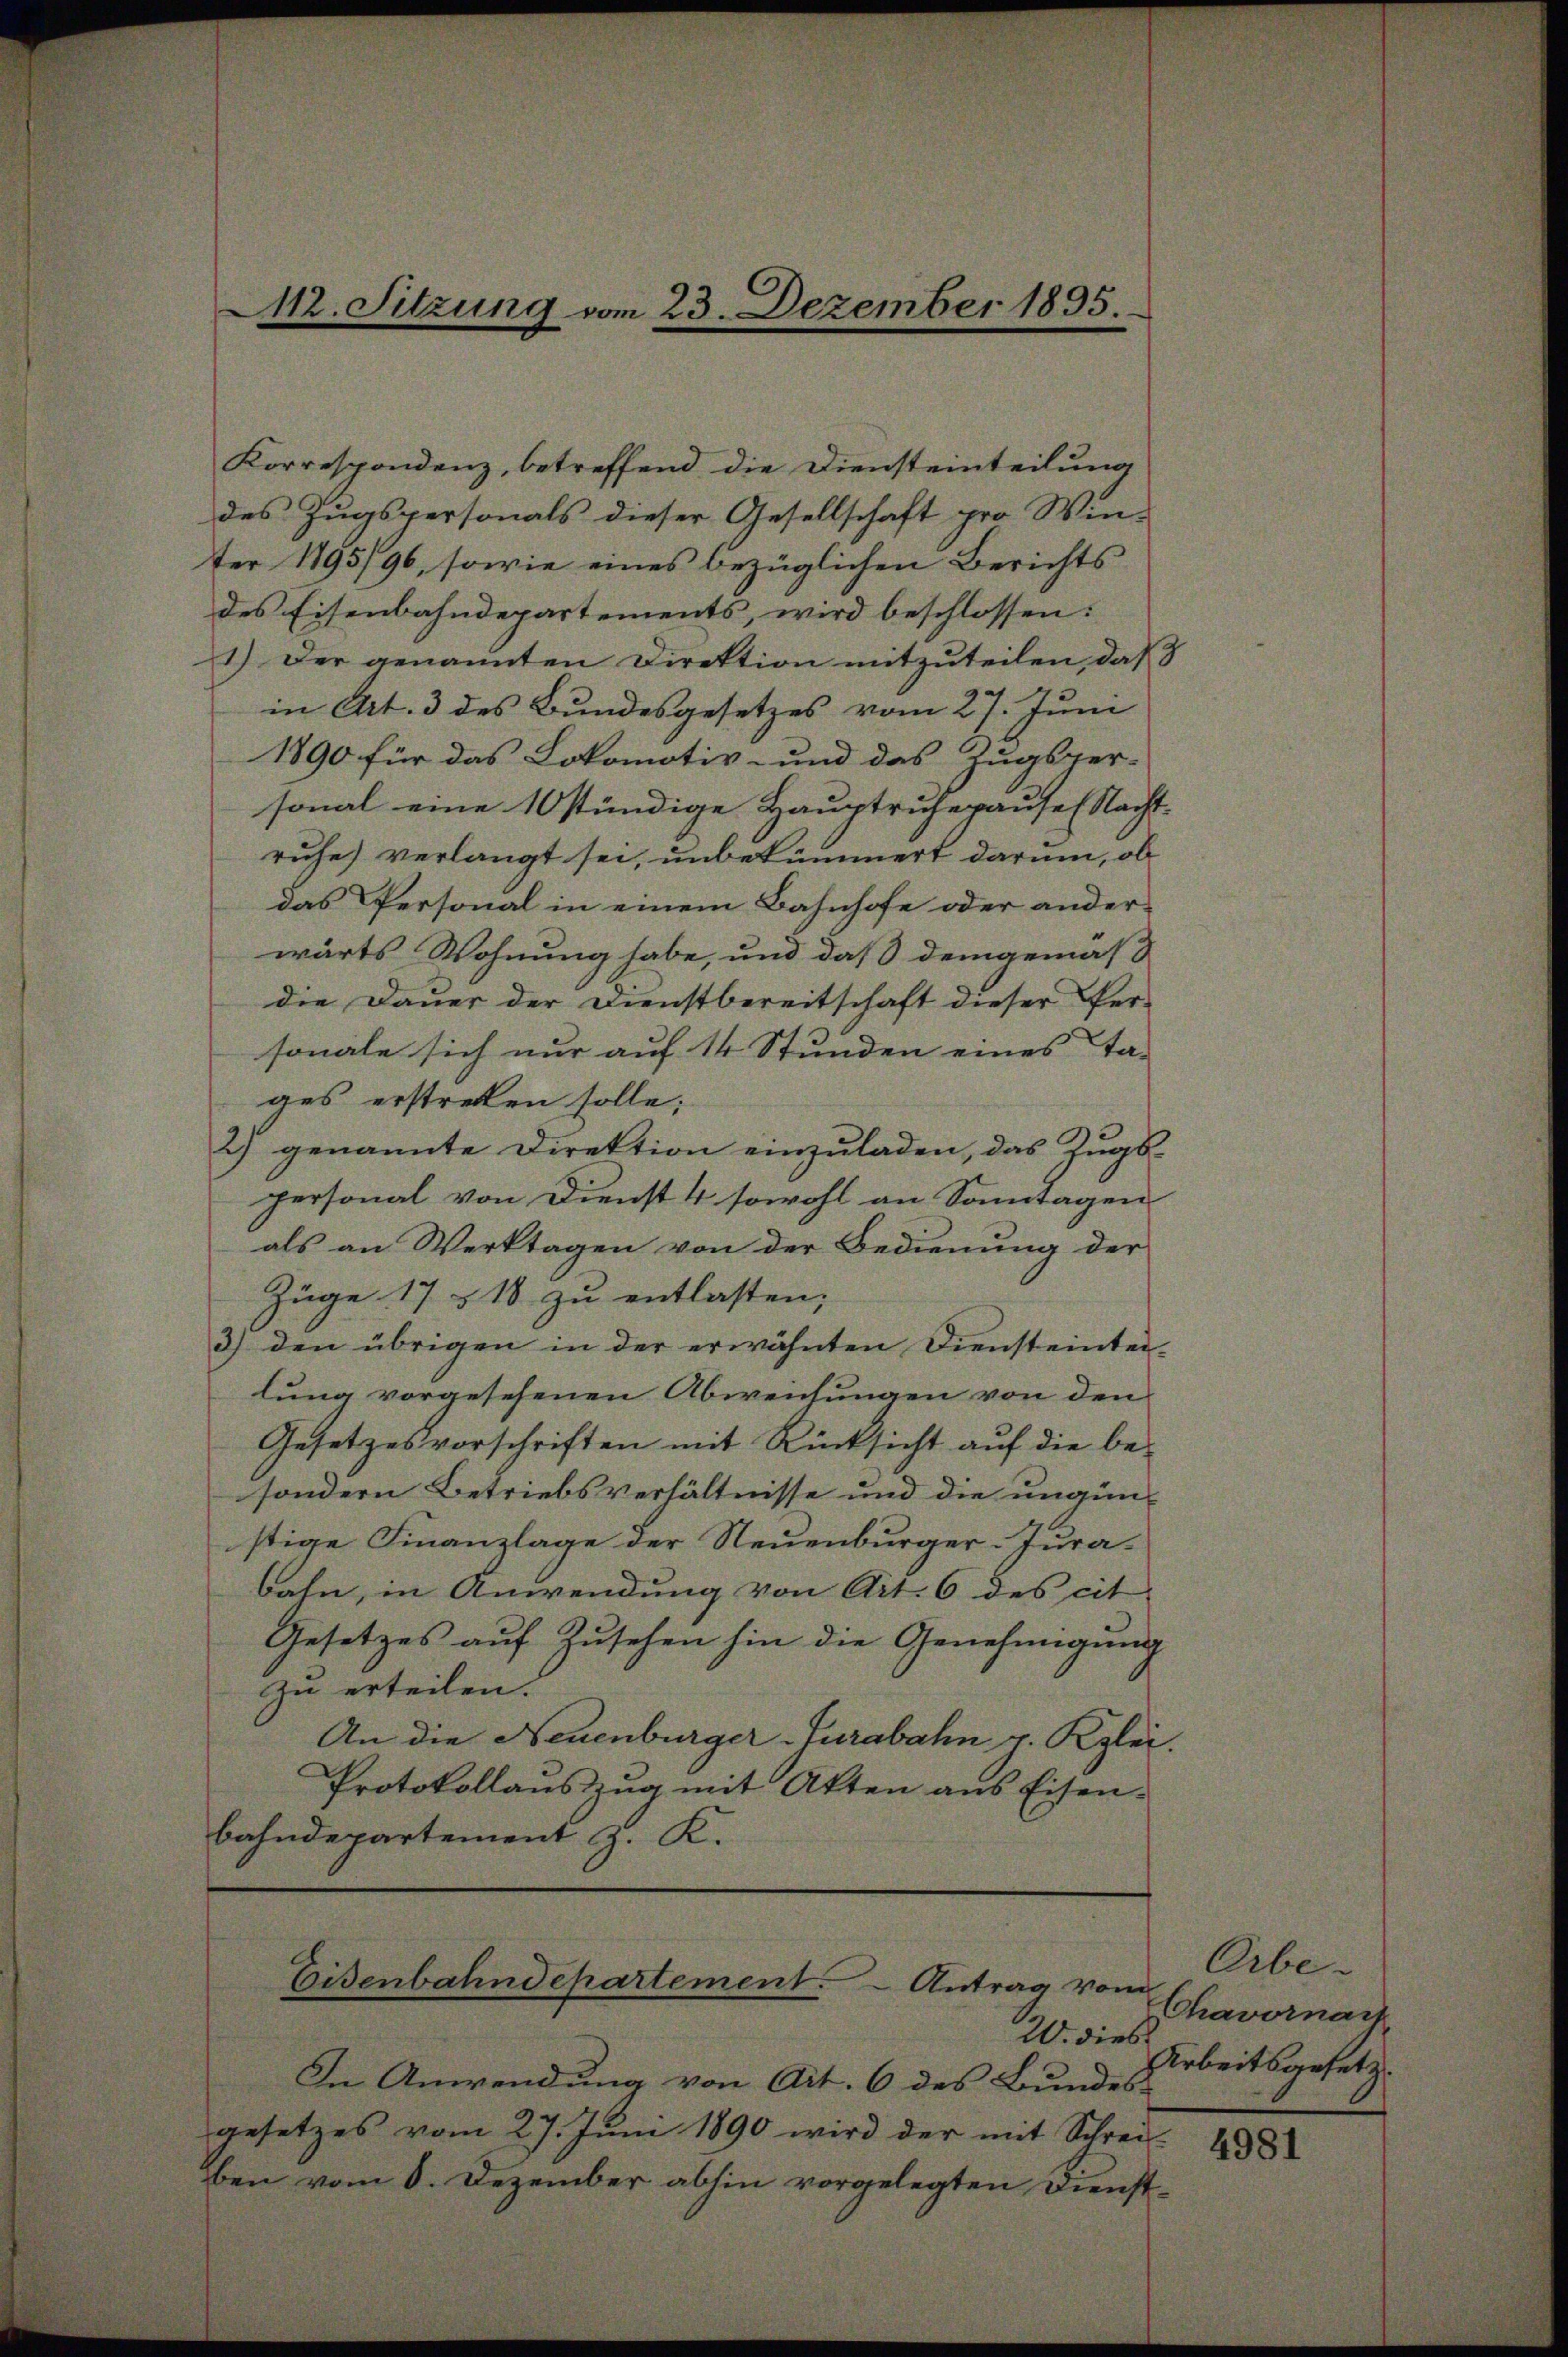
Korrespondenz, betreffend die Diensteinteilung
des Zugspersonals dieser Gesellschaft pro Win-
ter 1795/96, sowie eines bezüglichen Berichts
des Eisenbahndepartements, wird beschlossen:
1.) Der genannten Direktion mitzuteilen, daß
in Art. 3 des Bundesgesetzes vom 27. Juni
1890 für das Lokomotiv- und das Zugsper-
sonal eine 10 stündige Hauptruhepause (Nacht-
ruhe verlangt sei, unbekümmert darum, ob
das Personal in einem Bahnhofe oder anderwärts Wohnung habe, und daß demgemäß
die Dauer der Dienstbereitschaft dieser Per-
sonale sich nur auf 14 Stunden eines ta-
ges erstreten solle;
2) genannte Direktion einzuladen, das Zugs-
personal von Dienst 4 sowohl an Sonntagen
als an Werktagen von der Bedienung der
Züge 17 § 18 zu entlasten,
3) den übrigen in der erwähnten Diensteintei-
lung vorgesehenen Abweichungen von den
Gesetzesvorschriften mit Rücksicht auf die be-
sondern Betriebsverhältnisse und die ungünstige Finanzlage der Neuenburger-Jurabahn, in Anwendung von Art. 6 des cit
Gesetzes auf Zusehen hin die Genehmigung
zu erteilen.
An die Neuenburger-Jurabahn p. Kzlei.
Protokollauszug mit Atten aus Eisen-
bahndepartement z. K.

112. Sitzung vom 23. Dezember 1895.

20. dies.
In Anwendung von Art. 6 des Bundes-
gesetzes vom 27. Juni 1890 wird der mit Schrei
ben vom 6. Dezember abhin vorgelegten Dienst¬

Eisenbahndepartement. - Antrag vom

Orbe-
Chavornach
Arbeitsgesetz

4981